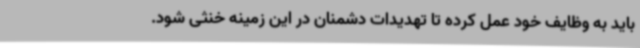
باید به وظایف خود عمل کرده تا تهدیدات دشمنان در این زمینه خنثی شود.